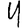
Digit: 4